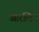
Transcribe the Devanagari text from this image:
आरलिन